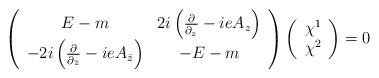
LaTeX: \begin{align*}\left(\begin{array}{cc}E-m & 2i\left(\frac{\partial}{\partial_z} -ieA_z\right)\\-2i\left(\frac{\partial}{\partial_{\bar z}} - ieA_{\bar z}\right) & -E-m\end{array}\right)\left(\begin{array}{c}\chi^1 \\ \chi^2\end{array}\right) = 0\end{align*}